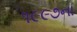
૧૯૯૭ના